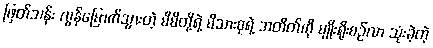
ဖြတ်သန်း လွန်မြောက်သွားတဲ့ မိမိတို့ရဲ့ မိသားစုရဲ့ အတိတ်ကို မျိုးရိုးစဉ်လာ သုံးခဲ့တဲ့